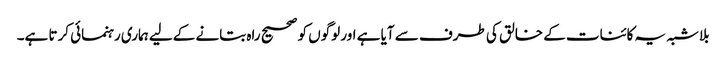
بلاشبہ یہ کائنات کے خالق کی طرف سے آیا ہے اور لوگوں کو صحیح راہ بتانے کےلیے ہماری رہنمائی کرتا ہے۔